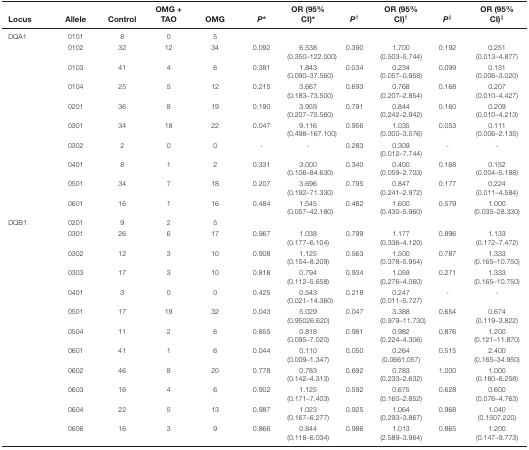
<table><thead><tr><td><b>Locus</b></td><td><b>Allele</b></td><td><b>Control</b></td><td><b>OMG + TAO</b></td><td><b>OMG</b></td><td><b><i>P</i>*</b></td><td><b>OR (95% CI)*</b></td><td><b><i>P</i><sup>†</sup></b></td><td><b>OR (95% CI)<sup>†</sup></b></td><td><b><i>P</i><sup>‡</sup></b></td><td><b>OR (95% CI)<sup>‡</sup></b></td></tr></thead><tbody><tr><td>DQA1</td><td>0101</td><td>8</td><td>0</td><td>5</td><td></td><td></td><td></td><td></td><td></td><td></td></tr><tr><td></td><td>0102</td><td>32</td><td>12</td><td>34</td><td>0.092</td><td>6.538 (0.350–122.000)</td><td>0.390</td><td>1.700 (0.503–5.744)</td><td>0.192</td><td>0.251 (0.013–4.877)</td></tr><tr><td></td><td>0103</td><td>41</td><td>4</td><td>6</td><td>0.381</td><td>1.843 (0.090–37.560)</td><td>0.034</td><td>0.234 (0.057–0.958)</td><td>0.099</td><td>0.131 (0.006–3.020)</td></tr><tr><td></td><td>0104</td><td>25</td><td>5</td><td>12</td><td>0.215</td><td>3.667 (0.183–73.500)</td><td>0.693</td><td>0.768 (0.207–2.854)</td><td>0.168</td><td>0.207 (0.010–4.427)</td></tr><tr><td></td><td>0201</td><td>36</td><td>8</td><td>19</td><td>0.190</td><td>3.959 (0.207–75.560)</td><td>0.791</td><td>0.844 (0.242–2.942)</td><td>0.160</td><td>0.209 (0.010–4.213)</td></tr><tr><td></td><td>0301</td><td>34</td><td>18</td><td>22</td><td>0.047</td><td>9.116 (0.498–167.100)</td><td>0.956</td><td>1.035 (0.300–3.576)</td><td>0.053</td><td>0.111 (0.006–2.135)</td></tr><tr><td></td><td>0302</td><td>2</td><td>0</td><td>0</td><td>-</td><td>-</td><td>0.283</td><td>0.309 (0.012–7.744)</td><td>-</td><td>-</td></tr><tr><td></td><td>0401</td><td>8</td><td>1</td><td>2</td><td>0.331</td><td>3.000 (0.106–84.630)</td><td>0.340</td><td>0.400 (0.059–2.703)</td><td>0.168</td><td>0.152 (0.004–5.188)</td></tr><tr><td></td><td>0501</td><td>34</td><td>7</td><td>18</td><td>0.207</td><td>3.696 (0.192–71.330)</td><td>0.795</td><td>0.847 (0.241–2.972)</td><td>0.177</td><td>0.224 (0.011–4.584)</td></tr><tr><td></td><td>0601</td><td>16</td><td>1</td><td>16</td><td>0.484</td><td>1.545 (0.057–42.180)</td><td>0.482</td><td>1.600 (0.430–5.960)</td><td>0.579</td><td>1.000 (0.035–28.330)</td></tr><tr><td>DQB1</td><td>0201</td><td>9</td><td>2</td><td>5</td><td></td><td></td><td></td><td></td><td></td><td></td></tr><tr><td></td><td>0301</td><td>26</td><td>6</td><td>17</td><td>0.967</td><td>1.038 (0.177–6.104)</td><td>0.799</td><td>1.177 (0.336–4.120)</td><td>0.896</td><td>1.133 (0.172–7.472)</td></tr><tr><td></td><td>0302</td><td>12</td><td>3</td><td>10</td><td>0.908</td><td>1.125 (0.154–8.209)</td><td>0.563</td><td>1.500 (0.378–5.954)</td><td>0.787</td><td>1.333 (0.165–10.750)</td></tr><tr><td></td><td>0303</td><td>17</td><td>3</td><td>10</td><td>0.818</td><td>0.794 (0.112–5.658)</td><td>0.934</td><td>1.059 (0.276–4.060)</td><td>0.271</td><td>1.333 (0.165–10.750)</td></tr><tr><td></td><td>0401</td><td>3</td><td>0</td><td>0</td><td>0.425</td><td>0.543 (0.021–14.360)</td><td>0.218</td><td>0.247 (0.011–5.727)</td><td>-</td><td>-</td></tr><tr><td></td><td>0501</td><td>17</td><td>19</td><td>32</td><td>0.043</td><td>5.029 (0.95026.620)</td><td>0.047</td><td>3.388 (0.979–11.730)</td><td>0.654</td><td>0.674 (0.119–3.822)</td></tr><tr><td></td><td>0504</td><td>11</td><td>2</td><td>6</td><td>0.855</td><td>0.818 (0.095–7.020)</td><td>0.981</td><td>0.982 (0.224–4.306)</td><td>0.876</td><td>1.200 (0.121–11.870)</td></tr><tr><td></td><td>0601</td><td>41</td><td>1</td><td>6</td><td>0.044</td><td>0.110 (0.009–1.347)</td><td>0.050</td><td>0.264 (0.0661.057)</td><td>0.515</td><td>2.400 (0.165–34.950)</td></tr><tr><td></td><td>0602</td><td>46</td><td>8</td><td>20</td><td>0.778</td><td>0.783 (0.142–4.313)</td><td>0.692</td><td>0.783 (0.233–2.632)</td><td>1.000</td><td>1.000 (0.160–6.258)</td></tr><tr><td></td><td>0603</td><td>16</td><td>4</td><td>6</td><td>0.902</td><td>1.125 (0.171–7.403)</td><td>0.592</td><td>0.675 (0.160–2.852)</td><td>0.628</td><td>0.600 (0.076–4.763)</td></tr><tr><td></td><td>0604</td><td>22</td><td>5</td><td>13</td><td>0.987</td><td>1.023 (0.167–6.277)</td><td>0.925</td><td>1.064 (0.293–3.867)</td><td>0.968</td><td>1.040 (0.1507.220)</td></tr><tr><td></td><td>0606</td><td>16</td><td>3</td><td>9</td><td>0.866</td><td>0.844 (0.118–6.034)</td><td>0.986</td><td>1.013 (2.589–3.964)</td><td>0.865</td><td>1.200 (0.147–9.773)</td></tr></tbody></table>